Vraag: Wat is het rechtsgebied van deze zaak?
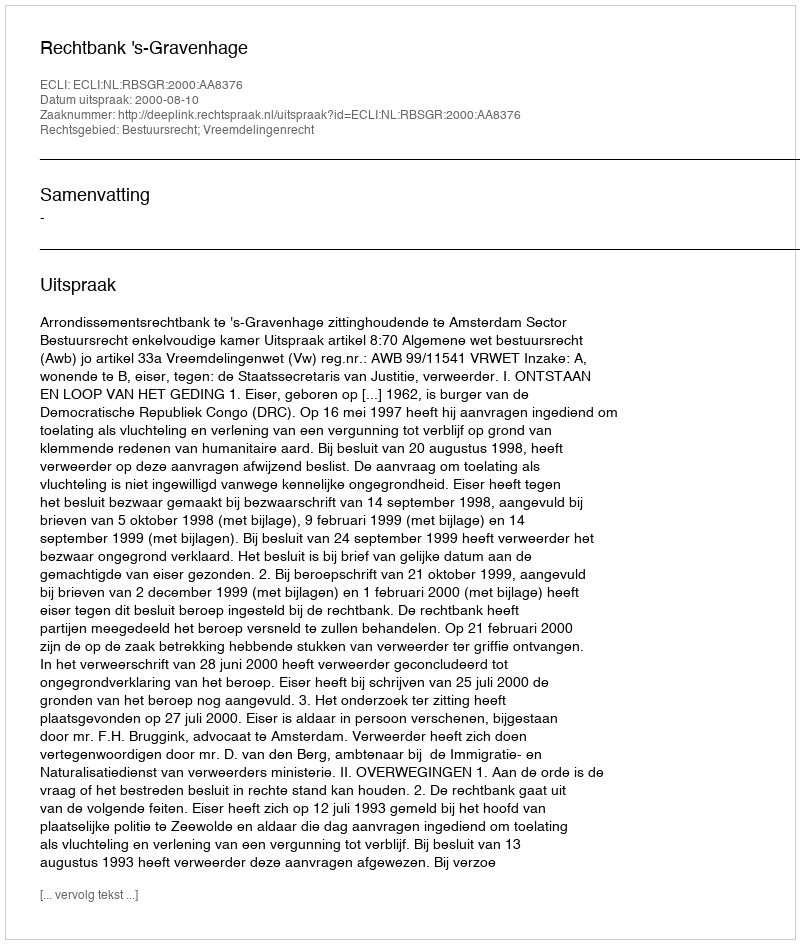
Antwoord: Bestuursrecht; Vreemdelingenrecht